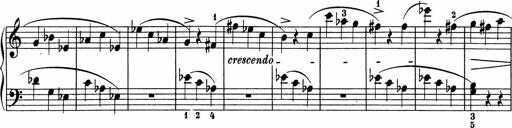
Title: 5 Sonatinen fÃ¼r die Jugend
Composer: Carl Reinecke